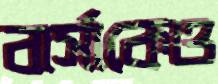
বার্সাকেও